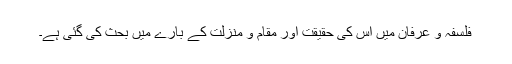
فلسفہ و عرفان میں اس کی حقیقت اور مقام و منزلت کے بارے میں بحث کی گئی ہے۔